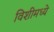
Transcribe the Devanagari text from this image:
विशीमध्ये